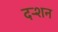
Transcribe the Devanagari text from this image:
दर्‍शन